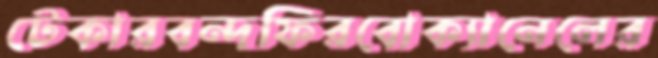
টেকারবন্দফিরবোক্যানেলের